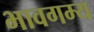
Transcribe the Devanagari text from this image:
भावगम्य